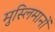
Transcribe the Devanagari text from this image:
मुस्लिमानों